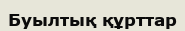
Буылтық құрттар